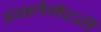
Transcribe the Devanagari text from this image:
इंफ्लेमेटरी